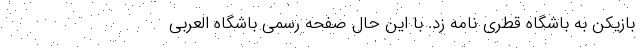
بازیکن به باشگاه قطری نامه زد. با این حال صفحه رسمی باشگاه العربی